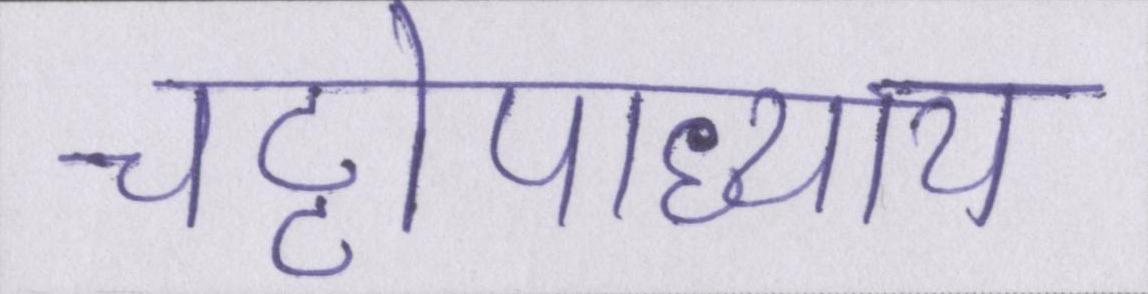
चट्टोपाध्याय